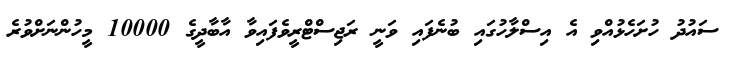
ސައުދު ހުށަހެޅުއްވި އެ އިސްލާހުގައި ބުނެފައި ވަނީ ރަޖިސްޓްރީވެފައިވާ އާބާދީގެ 10000 މީހުންނަށްވުރެ